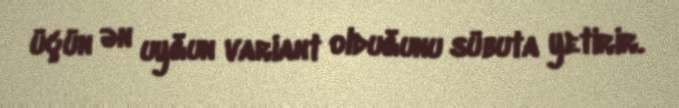
üçün ən uyğun variant olduğunu sübuta yetirir.